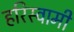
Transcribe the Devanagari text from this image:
हरिस्वामी